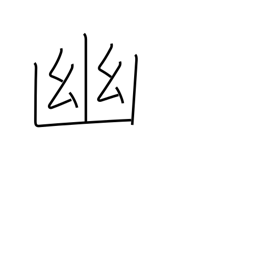
Meaning: seclude